Report on the cultivation and use of ganja
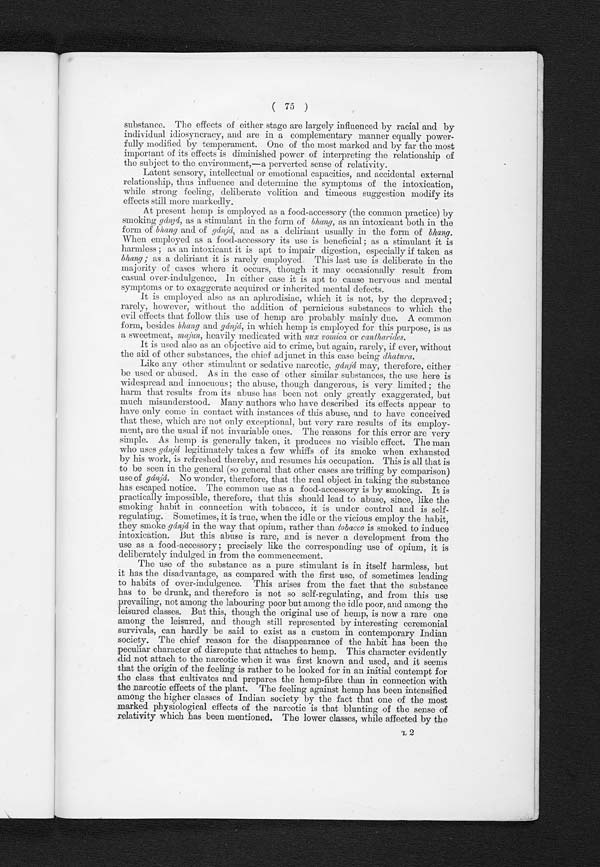
( 75 )
substance. The effects of either stage are largely influenced by racial and by
individual idiosyncracy, and are in a complementary manner equally power-
fully modified by temperament. One of the most marked and by far the most
important of its effects is diminished power of interpreting the relationship of
the subject to the environment,—a perverted sense of relativity.
Latent sensory, intellectual or emotional capacities, and accidental external
relationship, thus influence and determine the symptoms of the intoxication,
while strong feeling, deliberate volition and timeous suggestion modify its
effects still more markedly.
At present hemp is employed as a food-accessory (the common practice) by
smoking gánjá, as a stimulant in the form of bhang, as an intoxicant both in the
form of bhang and of gánjá, and as a deliriant usually in the form of bhang.
When employed as a food-accessory its use is beneficial; as a stimulant it is
h a r m l e s s ; a s a n i n t o x i c a n t i t i s a p t t o i m p a i r d i g e s t i o n , e s p e c i a l l y i f t a k e n a s
bhang ; as a deliriant it is rarely employed. This last use is deliberate in the
majority of cases where it occurs, though it may occasionally result from
casual over-indulgence. In either case it is apt to cause nervous and mental
symptoms or to exaggerate acquired or inherited mental defects.
It is employed also as an aphrodisiac, which it is not, by the depraved
; rarely, however, without the addition of pernicious substances to which the
evil effects that follow this use of hemp are probably mainly due. A common
form, besides bhang and gánjá, in which hemp is employed for this purpose, is as
a sweetmeat, majun, heavily medicated with nux vomica or cantharides.
It is used also as an objective aid to crime, but again, rarely, if ever, without
the aid of other substances, the chief adjunct in this case being dhatura.
Like any other stimulant or sedative narcotic, gánjá may, therefore, either
be used or abused. As in the case of other similar substances, the use here is
widespread and innocuous; the abuse, though dangerous, is very limited; the
harm that results from its abuse has been not only greatly exaggerated, but
much misunderstood. Many authors who have described its effects appear to
have only come in contact with instances of this abuse, and to have conceived
that these, which are not only exceptional, but very rare results of its employ-
ment, are the usual if not invariable ones. The reasons for this error are very
simple. As hemp is generally taken, it produces no visible effect. The man
who uses gánjá legitimately takes a few whiffs of its smoke when exhausted
by his work, is refreshed thereby, and resumes his occupation. This is all that is
to be seen in the general (so general that other cases are trifling by comparison)
use of gánjá. No wonder, therefore, that the real object in taking the substance
has escaped notice. The common use as a food-accessory is by smoking. It is
practically impossible, therefore, that this should lead to abuse, since, like the
smoking habit in connection with tobacco, it is under control and is self-
regulating. Sometimes, it is true, when the idle or the vicious employ the habit,
they smoke gánjá in the way that opium, rather than tobacco is smoked to induce
intoxication. But this abuse is rare, and is never a development from the
use as a food-accessory; precisely like the corresponding use of opium, it is
deliberately indulged in from the commencement.
The use of the substance as a pure stimulant is in itself harmless, but
it has the disadvantage, as compared with the first use, of sometimes leading
to habits of over-indulgence. This arises from the fact that the substance
has to be drunk, and therefore is not so self-regulating, and from this use
prevailing, not among the labouring poor but among the idle poor, and among the
leisured classes. But this, though the original use of hemp, is now a rare one
among the leisured, and though still represented by interesting ceremonial
survivals, can hardly be said to exist as a custom in contemporary Indian
society. The chief reason for the disappearance of the habit has been the
peculiar character of disrepute that attaches to hemp. This character evidently
did not attach to the narcotic when it was first known and used, and it seems
that the origin of the feeling is rather to be looked for in an initial contempt for
the class that cultivates and prepares the hemp-fibre than in connection with
the narcotic effects of the plant. The feeling against hemp has been intensified
among the higher classes of Indian society by the fact that one of the most
marked physiological effects of the narcotic is that blunting of the sense of
relativity which has been mentioned. The lower classes, while affected by the
L2